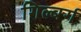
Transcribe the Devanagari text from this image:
गिल्बर्ग